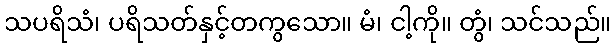
သပရိသံ၊ ပရိသတ်နှင့်တကွသော။ မံ၊ ငါ့ကို။ တွံ၊ သင်သည်။